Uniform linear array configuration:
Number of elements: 32
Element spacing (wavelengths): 0.5
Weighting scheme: kaiser
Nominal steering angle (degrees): -45
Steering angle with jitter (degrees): -43.933
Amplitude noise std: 0.05
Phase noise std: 0.05

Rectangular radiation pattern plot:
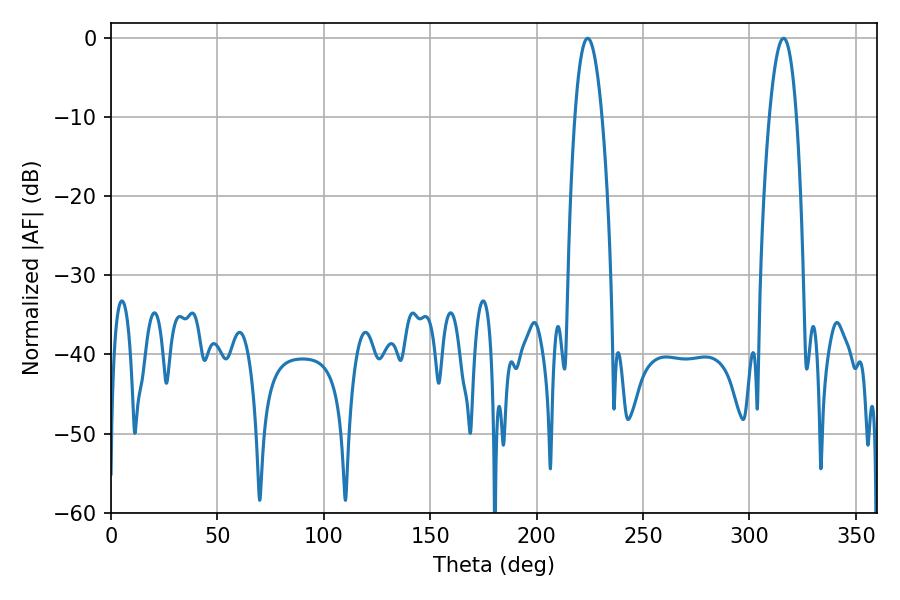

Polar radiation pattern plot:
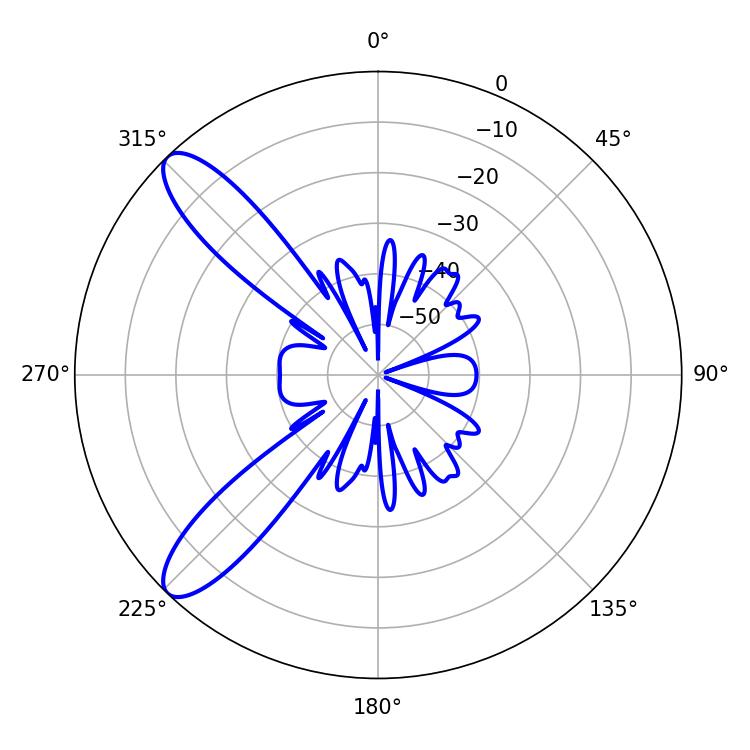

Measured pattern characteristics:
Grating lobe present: FALSE
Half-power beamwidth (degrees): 7.02
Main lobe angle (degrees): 223.92